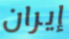
إيران